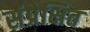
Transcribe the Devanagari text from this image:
संप्रेक्षित